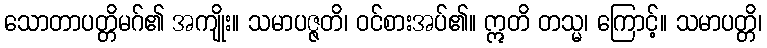
သောတာပတ္တိမဂ်၏ အကျိုး။ သမာပဇ္ဇတိ၊ ဝင်စားအပ်၏။ ဣတိ တသ္မ၊ ကြောင့်။ သမာပတ္တိ၊